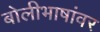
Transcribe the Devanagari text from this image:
बोलीभाषांवर